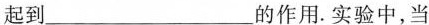
起到___的作用。实验中，当